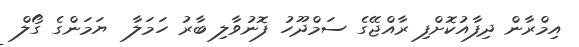
އިމްރާން ދިފާއުކޮށްފި ރާއްޖޭގެ ސަމްދޫހު ފޮނުވާލި ބާރު ހަމަލާ  ޔަމަންގެ ގޯލް